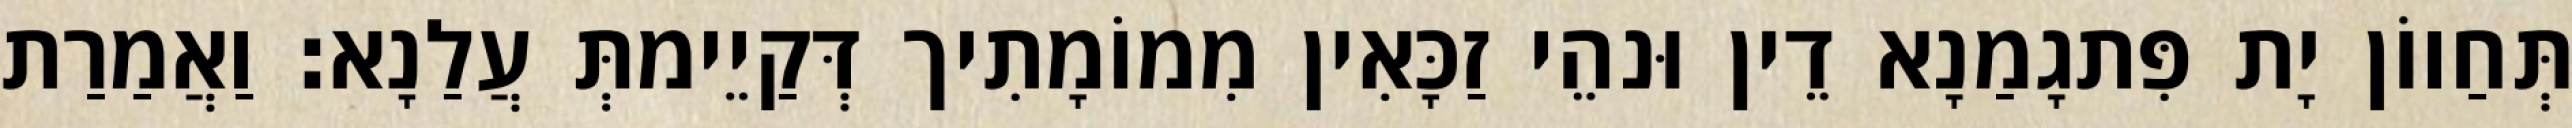
תְּחַווֹן יָת פִּתגָמַנָא דֵין וּנהֵי זַכָּאִין מִמוֹמָתִיך דְּקַיֵימתְּ עֲלַנָא׃ וַאֲמַרַת